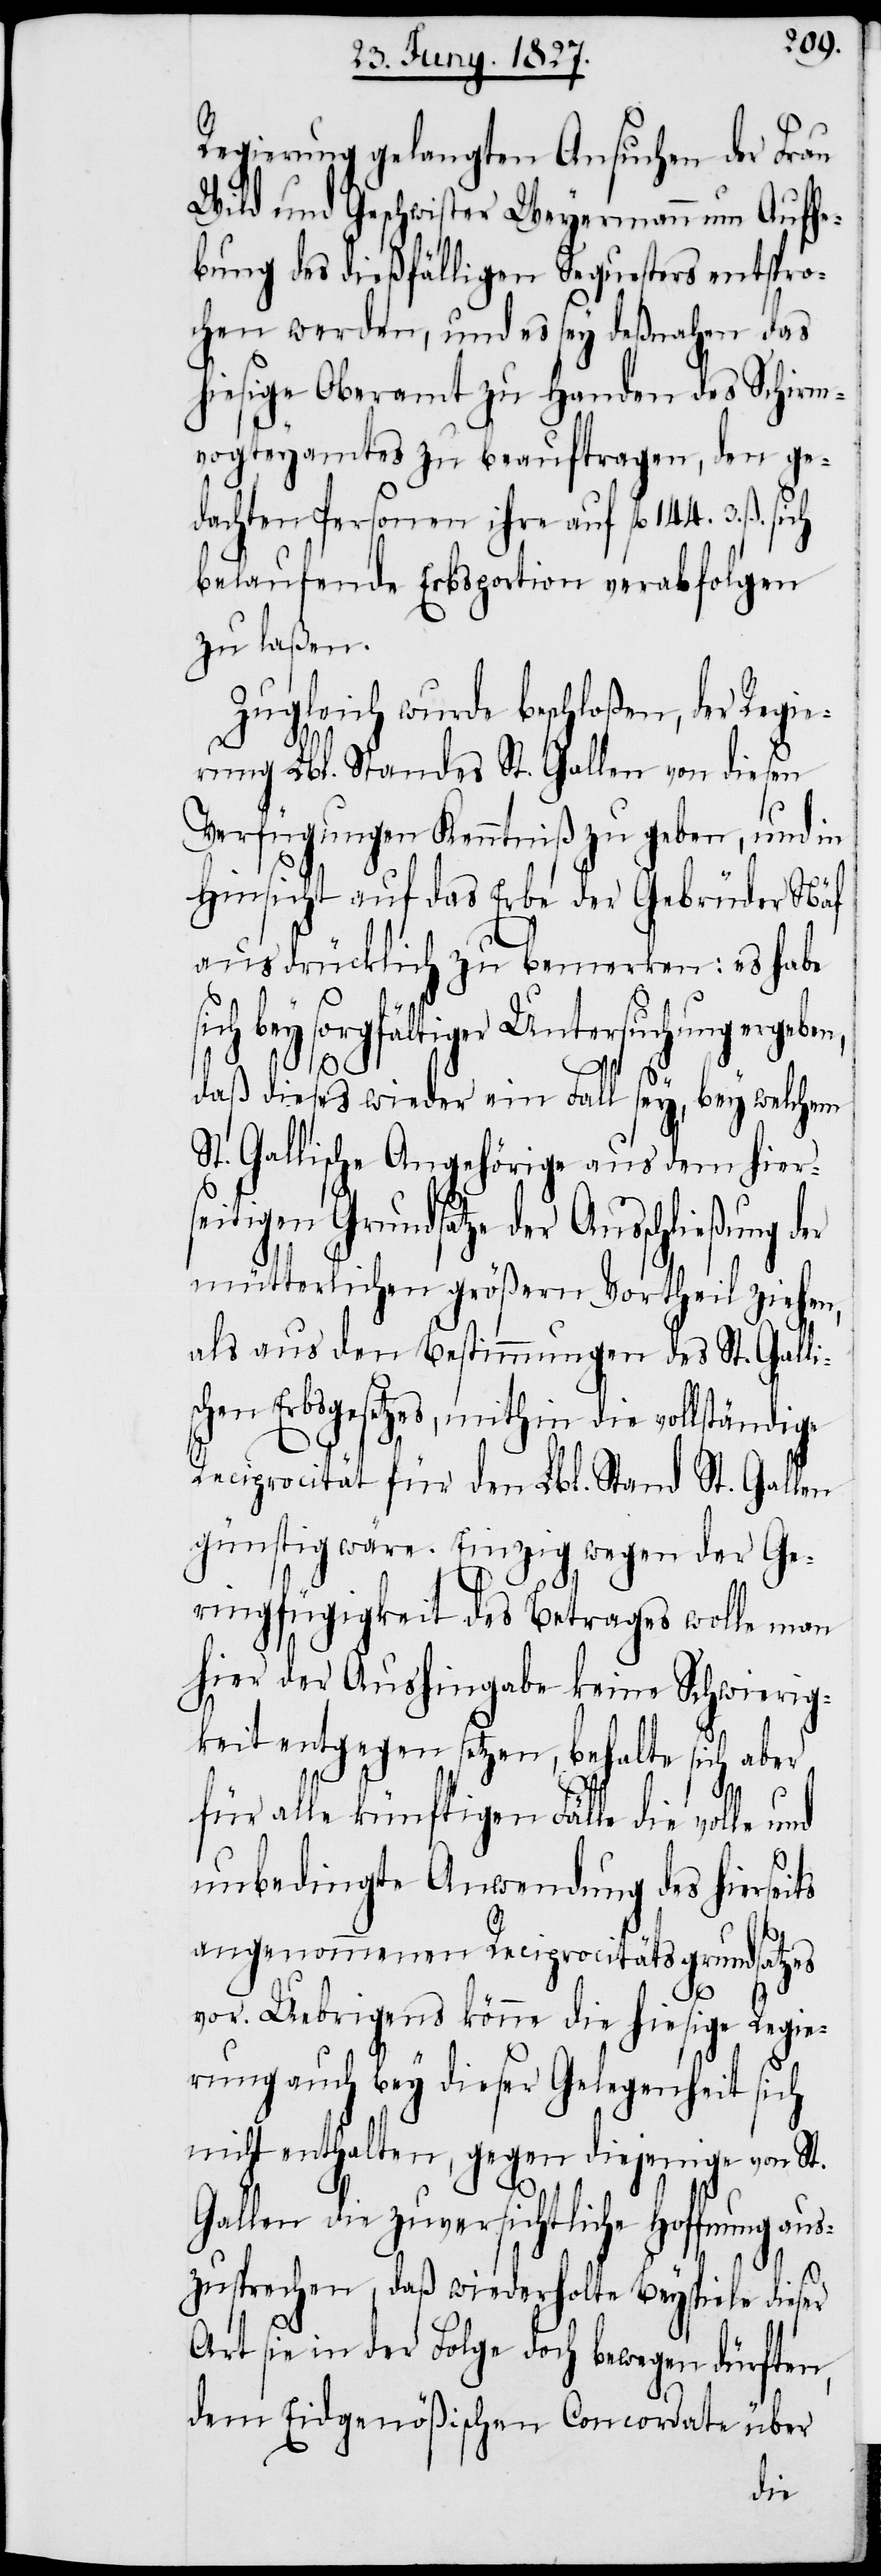
Regierung gelangten Ansuchen der Frau
Wild und Geschwister Weyermann um Aufhe¬
bung des dießfälligen Sequesters entspro¬
chen werden, und es sey deßnahen das
hiesige Oberamt zu Handen des Schirm¬
vogteyamtes zu beauftragen, den ge¬
dachten Personen ihre auf fl. 144. 3. ß.
belaufende Erbsportion verabfolgen
zu laßen.
Zugleich wurde beschloßen, der Regie¬
rung Lbl. Standes St. Gallen von diesen
Verfügungen Kenntniß zu geben, und in
Hinsicht auf das Erbe der Gebrüder Näf
ausdrücklich zu bemerkten: es habe
ich bey sorgfältiger Untersuchung ergeben,
daß dieses wieder ein Fall sey, bey welchem
St. Gallische Angehörige aus dem hier¬
seitigen Grundsatze der Auschließung der
mütterlichen größern Vortheil ziehen,
als aus den Bestimmungen St. Galli¬
schen Erbsgesetzes, mithin die vollständige
Reciprocität für den Lbl. Stand St. Gallen
günstig wäre. Einzig wegen der Ge¬
ringfügigkeit des Betrages wolle man
hier der Aushingabe keine Schwierig¬
keit entgegen setzen, behalte sich aber
für alle künftigen Fälle die volle und
unbedingte Anwendung des hierseits
angenommenen Reciprocitätsgrundsatzes
vor. Uebrigens könne die hiesige Regie¬
rung auch bey dieser Gelegenheit sich
nicht enthalten, gegen diejenige von S¬
Gallen die zuversichtliche Hoffnung aus¬
t.
zusprechen, daß wiederholte Beyspiele dieser
Art sie in der Folge doch bewegen dürften,
dem Eidgenößischen Concordate über